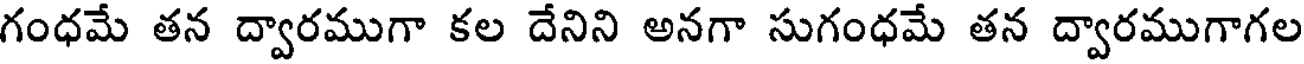
గంధమే తన ద్వారముగా కల దేనిని అనగా సుగంధమే తన ద్వారముగాగల